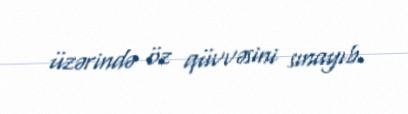
üzərində öz qüvvəsini sınayıb.